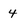
Character: 4